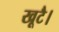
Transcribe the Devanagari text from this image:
खूटै।